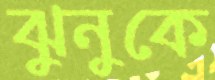
ঝুনুকে